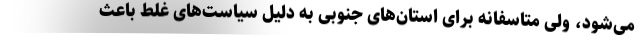
می‌شود، ولی متاسفانه برای استان‌های جنوبی به دلیل سیاست‌های غلط باعث